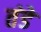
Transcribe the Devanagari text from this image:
तंडे